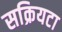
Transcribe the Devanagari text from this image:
सक्रियटा